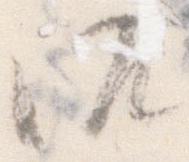
御